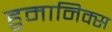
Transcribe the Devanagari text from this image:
हुमानिक्स